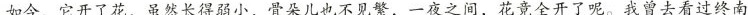
如今，它开了花，虽然长得弱小，骨朵儿也不见繁，一夜之间，花竟全开了呢。我曾去看过终南